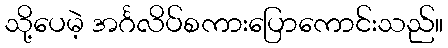
သို့ပေမဲ့ အင်္ဂလိပ်စကားပြောကောင်းသည်။